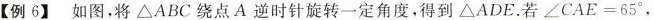
【例6】如图，将\triangle ABC绕点A逆时针旋转一定角度，得到\angle ADE。若$$\angle CAE=65^{\circ}$$，